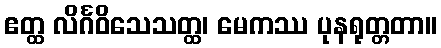
ဧတ္ထ လိင်္ဂဝိသေသတ္ထ၊ မေကဿ ပုနရုတ္တတာ။